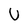
Character: U